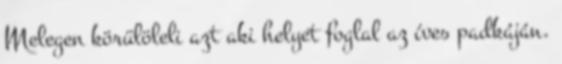
Melegen körülöleli azt aki helyet foglal az íves padkáján.